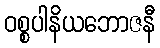
ဝစ္စပါနိယဘောဇနီ